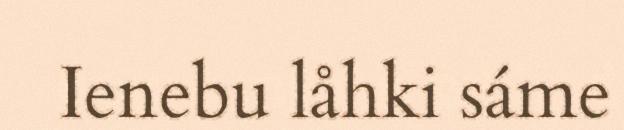
Ienebu låhki sáme